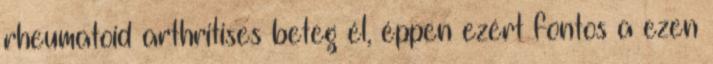
rheumatoid arthritises beteg él, éppen ezért fontos a ezen